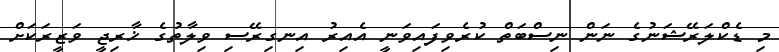
މި ޑެކްލަރޭޝަނުގެ ނަން ނިސްބަތް ކުރެވިފައިވަނީ އެއިރު އިނގިރޭސި ވިލާތުގެ ޚާރިޖީ ވަޒީރަކަށް